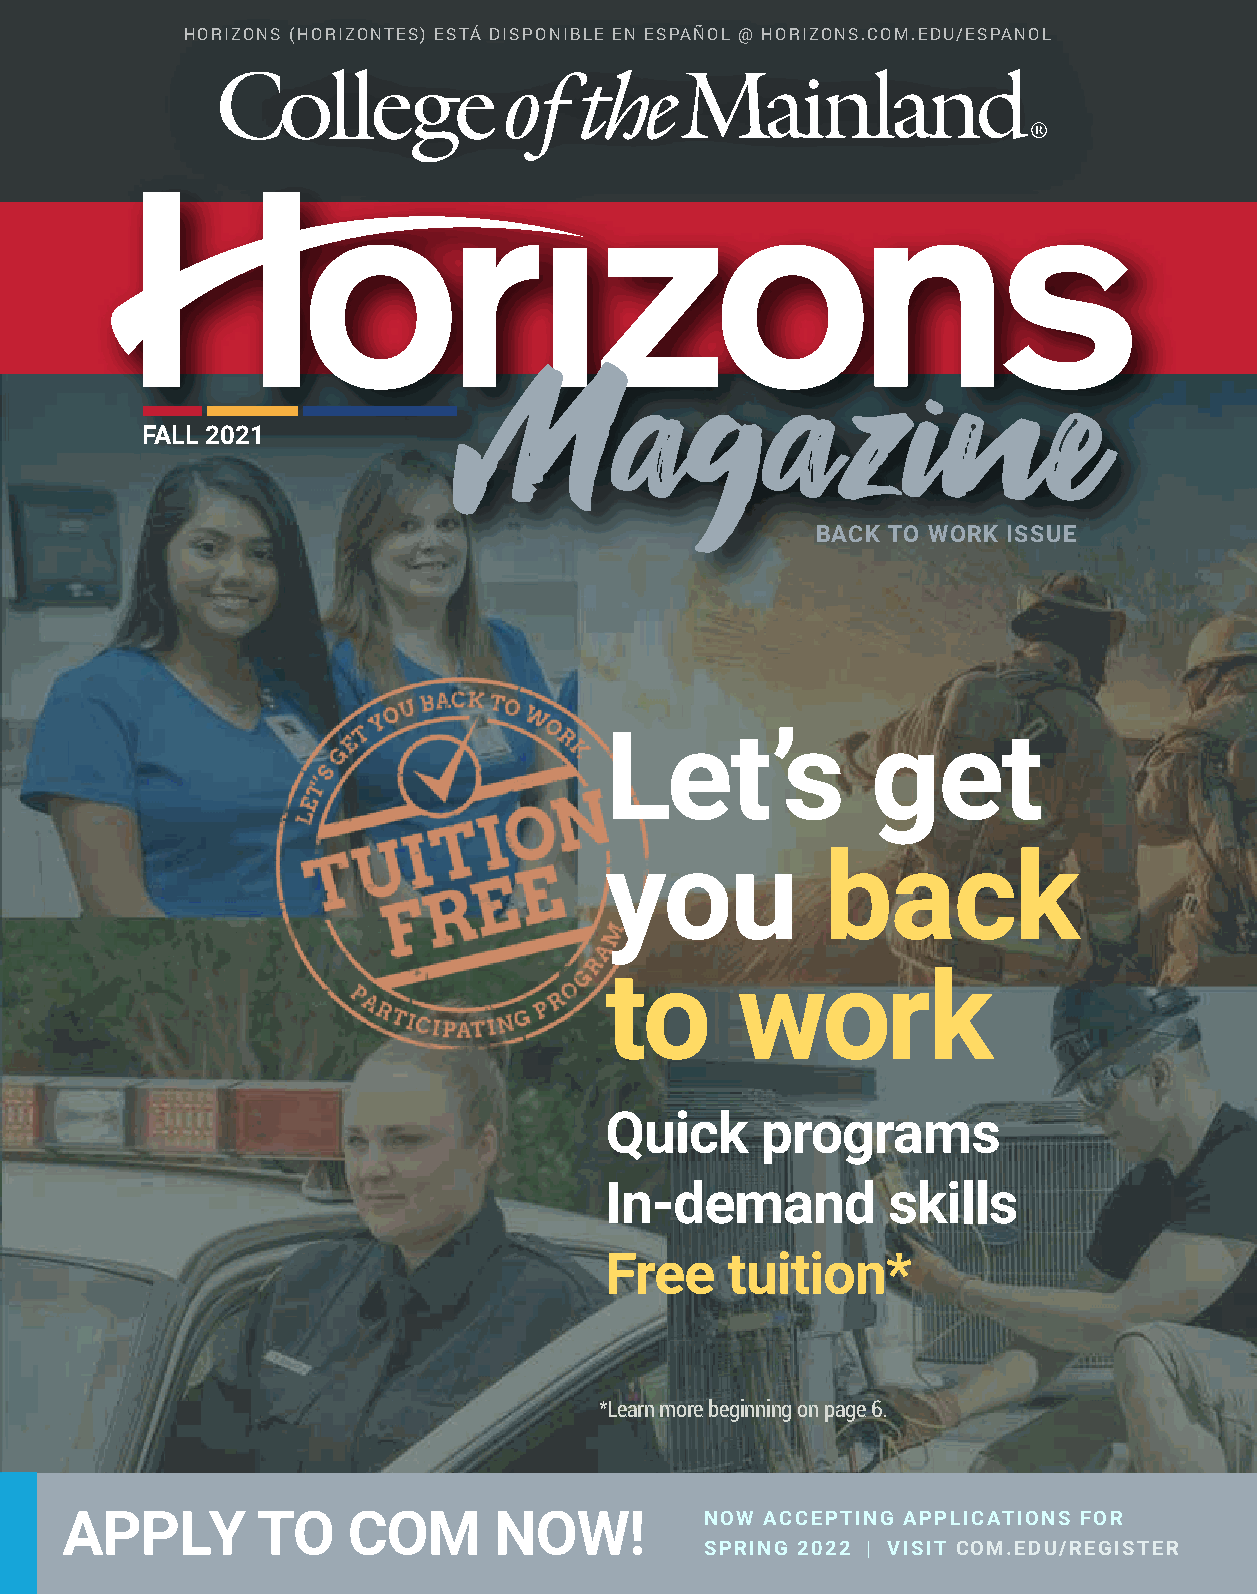
HORIZONS (HORIZONTES) ESTÁ DISPONIBLE EN ESPAÑOL @ HORIZONS.COM.EDU/ESPANOL
 FALL 2021
 BACK TO WORK ISSUE
 Let’s             get
 you            back
 to       work
 Quick     programs
 In-demand          skills
 Free    tuition*
 *Learn more beginning on page 6.
 APPLY        TO    COM       NOW!          NOW ACCEPTING APPLICATIONS FOR
 SPRING 2022 | VISIT COM.EDU/REGISTER